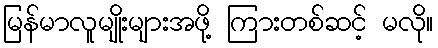
မြန်မာလူမျိုးများအဖို့ ကြားတစ်ဆင့် မလို။